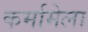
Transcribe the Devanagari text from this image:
कर्मामेला